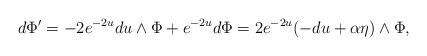
LaTeX: \begin{align*}d\Phi ^{\prime }=-2e^{-2u}du\wedge \Phi +e^{-2u}d\Phi =2e^{-2u}(-du+\alpha\eta )\wedge \Phi ,\end{align*}